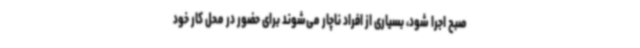
صبح اجرا شود، بسیاری از افراد ناچار می‌شوند برای حضور در محل کار خود